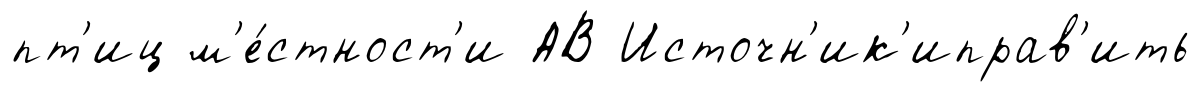
пт'иц м'е́стност'и АВ Источн'ик'иправ'ить